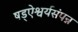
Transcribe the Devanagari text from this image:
षड्ऐश्वर्यसंपन्न